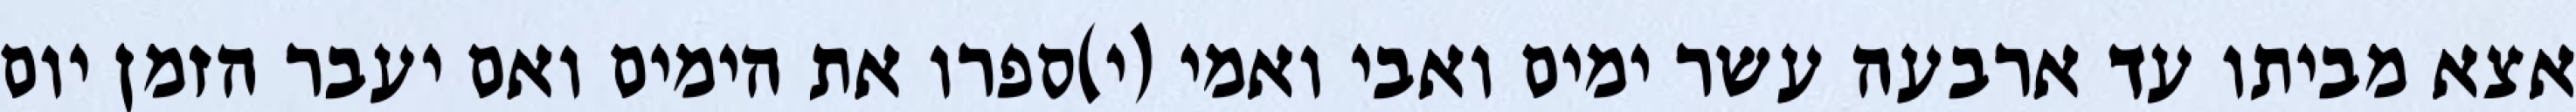
אצא מביתו עד ארבעה עשר ימים ואבי ואמי (י)ספרו את הימים ואם יעבר הזמן יום